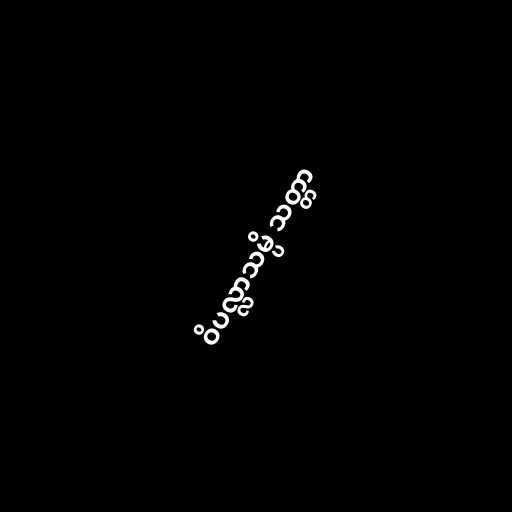
ဝိပလ္လာသမ္ပိ သတ္တာ